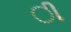
ી